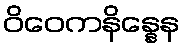
ဝိဝေကနိန္နေန